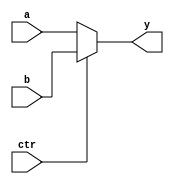

module MUX2 #(parameter WIDTH = 32)
	(a,b,ctr,y);
  input  ctr;
  input[WIDTH-1:0] a,b;
  output[WIDTH-1:0] y;

  assign y = (ctr==0)?a:b;
endmodule